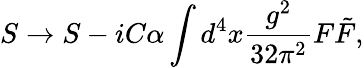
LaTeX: S\to S-iC\alpha\int d^{4}x\frac{g^{2}}{32\pi^{2}}F\tilde{F},